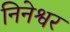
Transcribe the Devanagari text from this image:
निनेश्वर